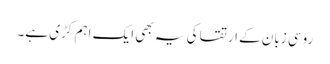
روسی زبان کے ارتقا کی یہ بھی ایک اہم کڑی ہے۔